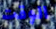
الوقت